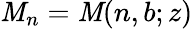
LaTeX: \mathit{M}_{n}=\mathit{M}(n,b;z)